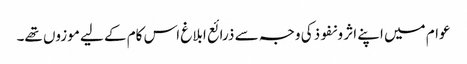
عوام میں اپنے اثر و نفوذکی وجہ سے ذرائع ابلاغ اس کام کے لیے موزوں تھے۔